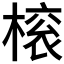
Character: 𬄓